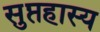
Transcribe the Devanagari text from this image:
सुप्तहास्य